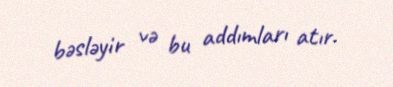
bəsləyir və bu addımları atır.